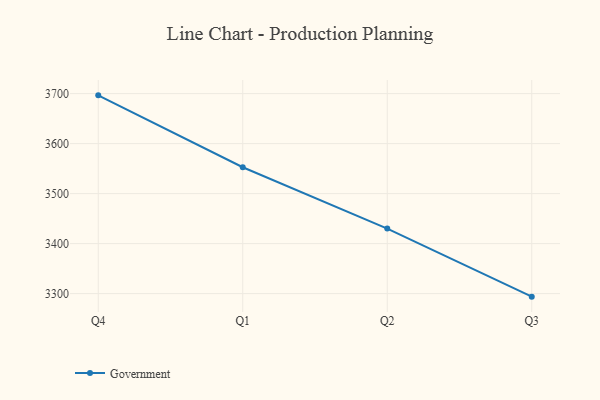
{"axis": {"x": "Quarter", "y": "Temperature (°C)"}, "legend": ["Government"], "data": [{"x": "Q4", "y": 3696.5, "type": "Government"}, {"x": "Q1", "y": 3552.7, "type": "Government"}, {"x": "Q2", "y": 3430.1, "type": "Government"}, {"x": "Q3", "y": 3293.9, "type": "Government"}]}